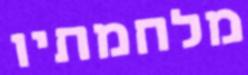
מלחמתיו